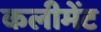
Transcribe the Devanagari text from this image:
कलीमेंट